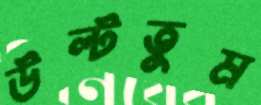
উল্‌টতুম